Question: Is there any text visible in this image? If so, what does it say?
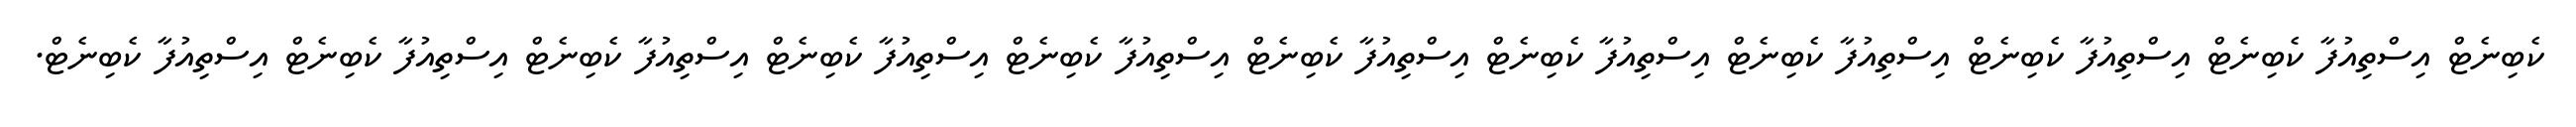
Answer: ކެބިނެޓް އިސްތިއުފާ ކެބިނެޓް އިސްތިއުފާ ކެބިނެޓް އިސްތިއުފާ ކެބިނެޓް އިސްތިއުފާ ކެބިނެޓް އިސްތިއުފާ ކެބިނެޓް އިސްތިއުފާ ކެބިނެޓް އިސްތިއުފާ ކެބިނެޓް އިސްތިއުފާ ކެބިނެޓް އިސްތިއުފާ ކެބިނެޓް އިސްތިއުފާ ކެބިނެޓް.